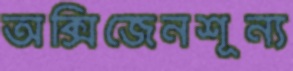
অক্সিজেনশূন্য